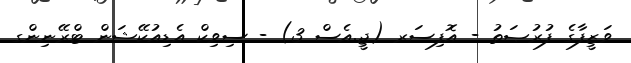
ވަޒީފާގެ ފުރުޞަތު - އޮފިސަރ (ޖީ.އެސް 3) - ސިވިކް އެޑިއުކޭޝަން ޓްރޭނިންގ